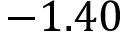
- 1 . 4 0